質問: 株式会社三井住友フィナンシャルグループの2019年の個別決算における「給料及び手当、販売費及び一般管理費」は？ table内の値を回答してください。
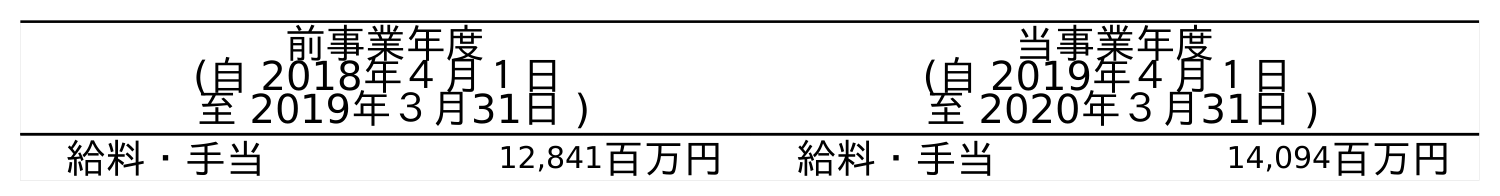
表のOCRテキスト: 前事業年度 (自 2018年４月１日 至 2019年３月31日 ) 当事業年度 (自 2019年４月１日 至 2020年３月31日 ) 給料・手当 12,841百万円 給料・手当 14,094百万円
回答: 12,841